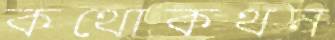
কথোকথন